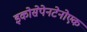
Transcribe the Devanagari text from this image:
इकोसेपेनटेनोएक